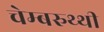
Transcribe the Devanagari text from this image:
चेम्बरुथ्थी